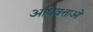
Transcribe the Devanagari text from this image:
अधिवत्ताओं